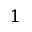
^ { 1 }